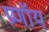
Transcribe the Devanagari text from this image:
प्रणॉय